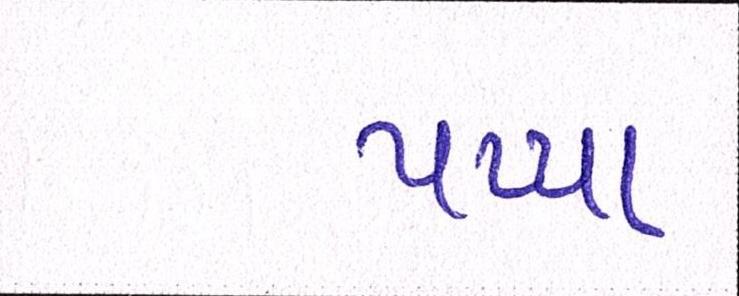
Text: પપ્પા